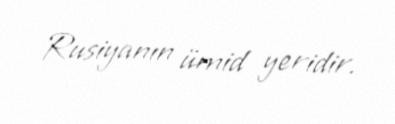
Rusiyanın ümid yeridir.